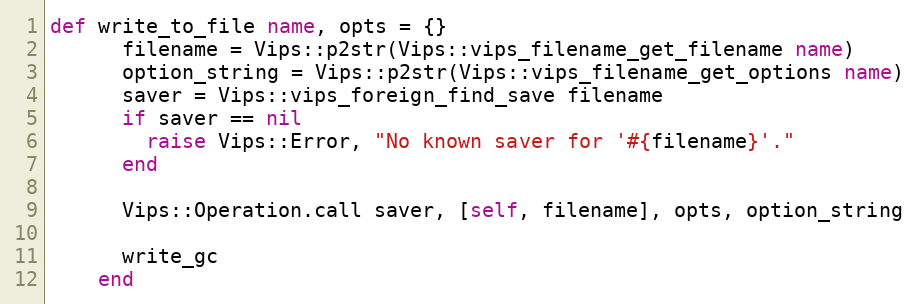
Language: Ruby
def write_to_file name, opts = {}
      filename = Vips::p2str(Vips::vips_filename_get_filename name)
      option_string = Vips::p2str(Vips::vips_filename_get_options name)
      saver = Vips::vips_foreign_find_save filename
      if saver == nil
        raise Vips::Error, "No known saver for '#{filename}'."
      end

      Vips::Operation.call saver, [self, filename], opts, option_string

      write_gc
    end